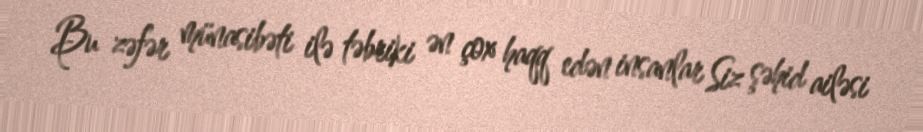
Bu zəfər münasibəti ilə təbriki ən çox haqq edən insanlar Siz şəhid ailəsi